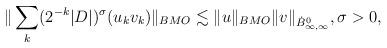
LaTeX: \begin{align*}\| \sum_k (2^{-k}|D|)^\sigma( u_k v_k)\|_{BMO} \lesssim \| u\|_{BMO} \|v\|_{\dot B_{\infty,\infty}^0}, \sigma > 0,\end{align*}